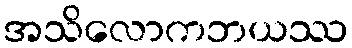
အသိလောကဘယဿ